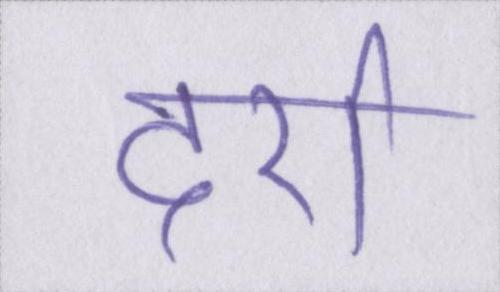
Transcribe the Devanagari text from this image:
दर्रा